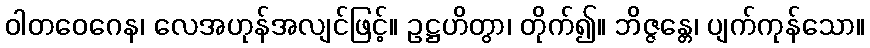
ဝါတဝေဂေန၊ လေအဟုန်အလျင်ဖြင့်။ ဥဋ္ဌဟိတွာ၊ တိုက်၍။ ဘိဇ္ဇန္တေ၊ ပျက်ကုန်သော။